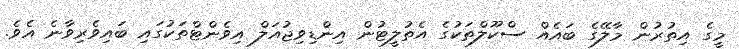
މީގެ އިތުރުން މާލޭގެ ބައެއް ސްކޫލްތަކުގެ އެތުލީޓުން އިންޑިވިޖުއަލް އިވެންޓްތަކުގައި ބައިވެރިވާނެ އެވެ.